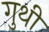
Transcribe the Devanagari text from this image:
गुथीं